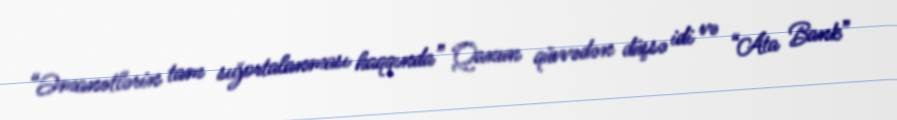
“Əmanətlərin tam sığortalanması haqqında” Qanun qüvvədən düşsə idi və “Ata Bank”